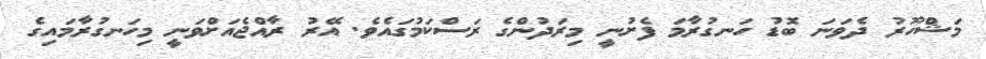
މަޝްހޫރު ދެވަނަ ބޮޑު ހަނގުރާމަ ފެށުނީ މިރަދުންގެ ރަސްކަމުގައެވެ. އޭރު ރާއްޖެއަށްވަނީ މިހަނގުރާމައިގެ